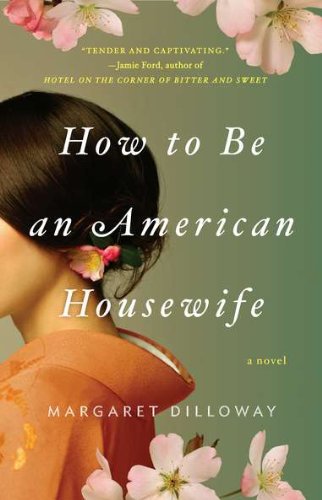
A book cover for How to Be an American Housewife; Margaret Dilloway; Literature & Fiction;